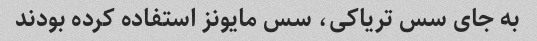
به جای سس تریاکی، سس مایونز استفاده کرده بودند